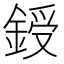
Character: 𨨒